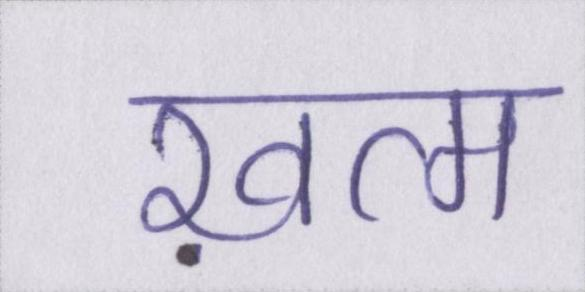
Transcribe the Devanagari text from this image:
ख़त्म